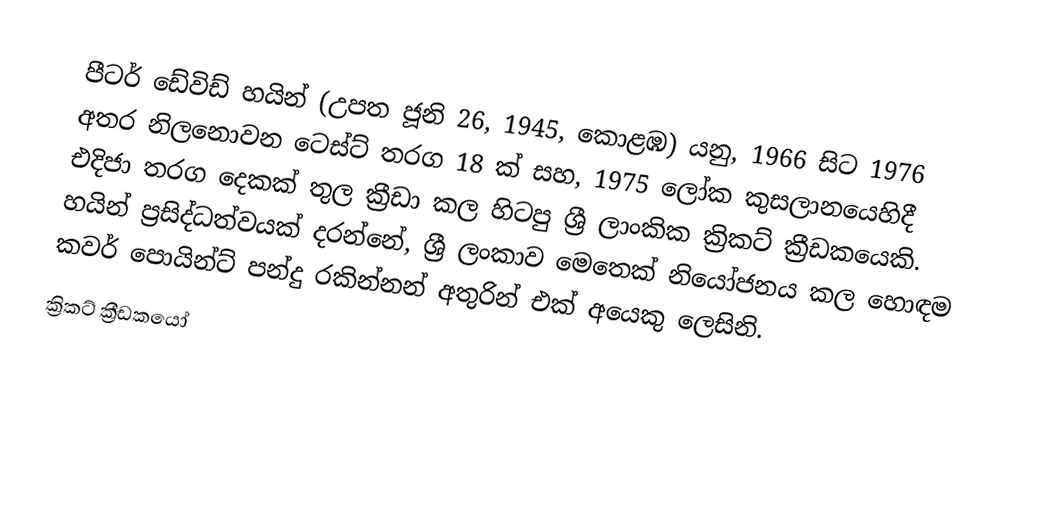
පීටර් ඩේවිඩ් හයින් (උපත ජූනි 26, 1945, කොළඹ) යනු,  1966 සිට 1976 අතර නිලනොවන ටෙස්ට් තරග 18 ක් සහ, 1975 ලෝක කුසලානයෙහිදී එදිජා තරග දෙකක් තුල ක්‍රීඩා කල  හිටපු ශ්‍රී ලාංකික ක්‍රිකට් ක්‍රීඩකයෙකි. හයින් ප්‍රසිද්ධත්වයක් දරන්නේ, ශ්‍රී ලංකාව මෙතෙක් නියෝජනය කල හොඳම  කවර් පොයින්ට් පන්දු රකින්නන් අතුරින් එක් අයෙකු ලෙසිනි.
ක්‍රිකට් ක්‍රීඩකයෝ